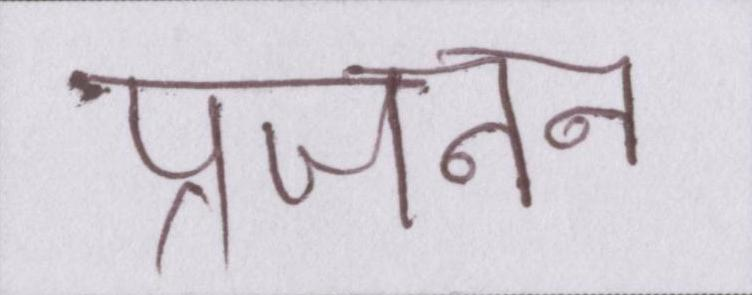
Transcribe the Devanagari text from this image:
प्रजनन